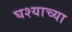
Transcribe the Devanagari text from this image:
घश्याच्या